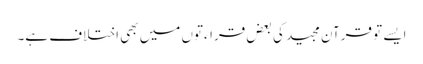
ایسے تو قرآن مجید کی بعض قراءتوں میں بھی اختلاف ہے۔